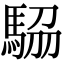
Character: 𩣒